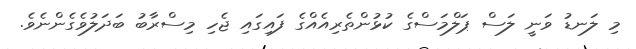
މި ލަނޑު ވަނީ ލަސް ޕަލްމަސްގެ ކުޅުންތެރިއެއްގެ ފައިގައި ޖެހި މިސްރާބު ބަދަލުވެގެންނެވެ.